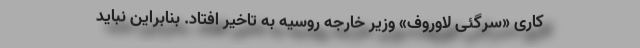
کاری «سرگئی لاوروف» وزیر خارجه روسیه به تاخیر افتاد. بنابراین نباید